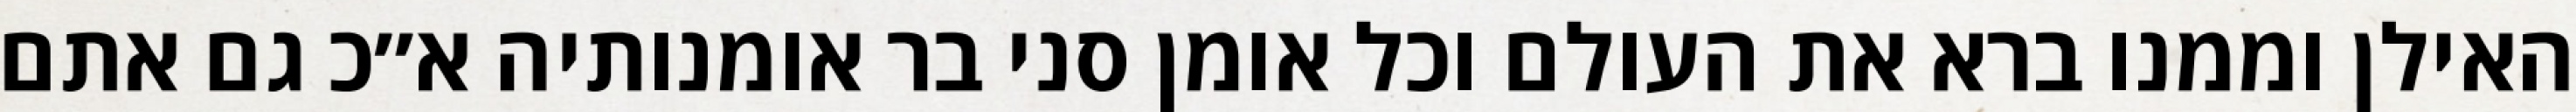
האילן וממנו ברא את העולם וכל אומן סני בר אומנותיה א״כ גם אתם